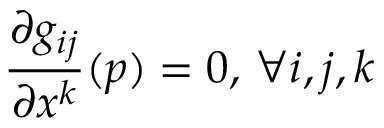
{ \frac { \partial g _ { i j } } { \partial x ^ { k } } } ( p ) = 0 , \, \forall i , j , k